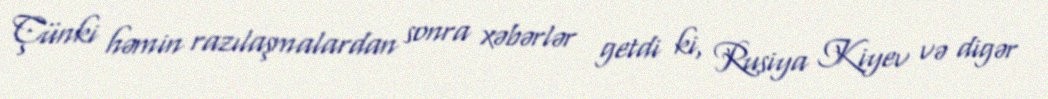
Çünki həmin razılaşmalardan sonra xəbərlər getdi ki, Rusiya Kiyev və digər